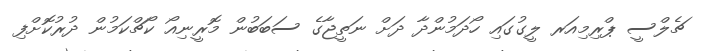
ޗެލްސީ ޕްރިމިއަރ ލީގުގައި ހޯދަމުންދާ ދަށް ނަތީޖާގެ ސަބަބުން މޮރީނިއޯ ކޯޗްކަމުން ދުރުކޮށްފި